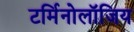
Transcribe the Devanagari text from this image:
टर्मिनोलॉजिय